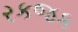
રકજક